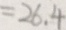
= 2 6 . 4